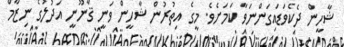
ޝާހީން ދެކެވަޑައިގަންނަވާ ކަމަށެވެ. މީގެ އިތުރުން ޝާހީން ވަނީ ޤާނޫނީ އަދުލުގެ ނިޒާމް